Leaving Certificate, 1897
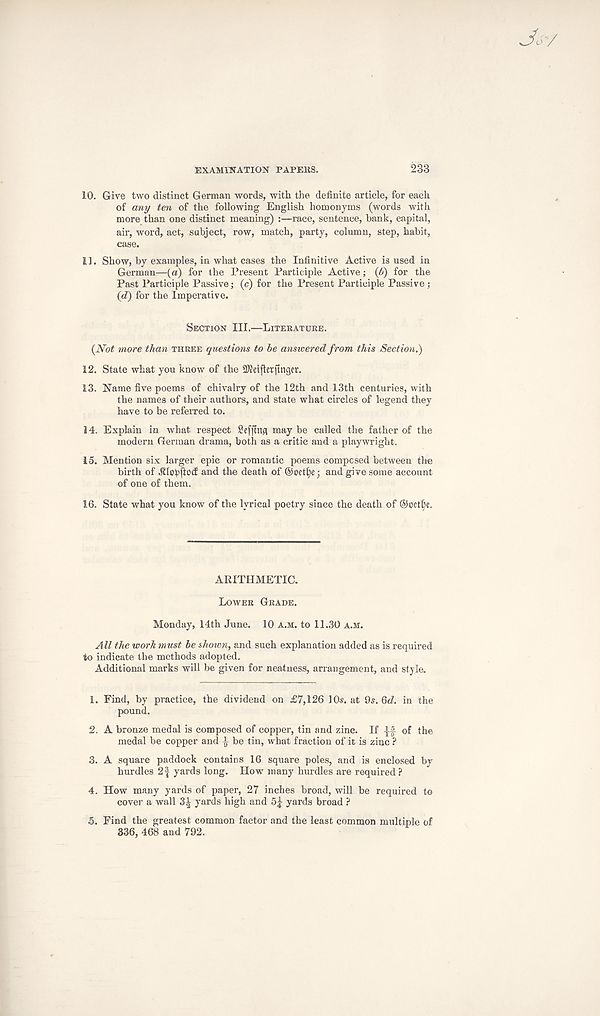
EXAMINATION PAPEltS.
233
10. Give two distinct German words, with the definite article, for each
of any ten of the following English homonyms (words with
more than one distinct meaning) :—race, sentence, bank, capital,
air, word, act, subject, row, match, party, column, step, habit,
case.
11. Show, by examples, in what cases the Infinitive Active is used in
German—(a) for the Present Participle Active; {6) for the
Past Participle Passive; (c) for the Present Participle Passive ;
id) for the Imperative.
Section III.—Literature.
{Not more than three questions to be answered from this Section.)
12. State what you know of the STOeiflerflnger.
13. Name five poems of chivalry of the 12th and 13th centuries, with
the names of their authors, and state what circles of legend they
have to be referred to.
14. Explain in what respect £efflttfl may be called the father of the
modern German drama, both as a critic and a playwright.
15. Mention six larger epic or romantic poems composed between the
birth of .ftlopftocf and the death of @oct£)e; and give some account
of one of them.
16. State what you know of the lyrical poetry since the death of
ARITHMETIC.
Lower Grade.
Monday, 14th June. 10 a.m. to 11.30 a.m.
All the work must be shown, and such explanation added as is required
to indicate the methods adopted.
Additional marks will be given for neatness, arrangement, and style.
1. Find, by practice, the dividend on £7,126 10$. at 9s. 6<Z. in the
pound.
2. A bronze medal is composed of copper, tin and zinc. If || of the
medal be copper and ^ be tin, what fraction of it is zinc ?
3. A square paddock contains 16 square poles, and is enclosed by
hurdles 2| yards long. How many hurdles are required?
4. How many yards of paper, 27 inches broad, will be required to
cover a wall 3^ yards high and yards broad ?
5. Find the greatest common factor and the least common multiple of
336, 468 and 792.